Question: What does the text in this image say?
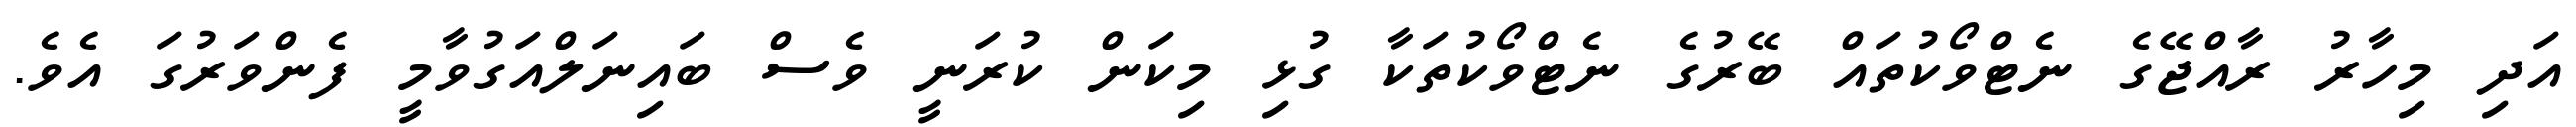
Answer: އަދި މިހާރު ރާއްޖޭގެ ނެޓްވޯކުތައް ބޭރުގެ ނެޓްވޯކުތަކާ ގުޅި މިކަން ކުރަނީ ވެސް ބައިނަލްއަގުވާމީ ފެންވަރުގަ އެވެ.